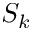
S _ { k }